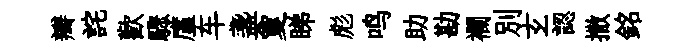
瓣詫歡驟廑车盞夐睇彪鸣助勘襴别𤣥認撒銘